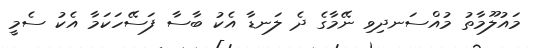
މައުލޫމާތު މުއްސަނދިވި ނޭމާގެ ދެ ލަނޑާ އެކު ބާސާ ފަސޭހަކަމާ އެކު ސެމީ